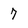
Character: 7